Scientific memoirs by medical officers of the Army of India - Part IX,
Year: 1895
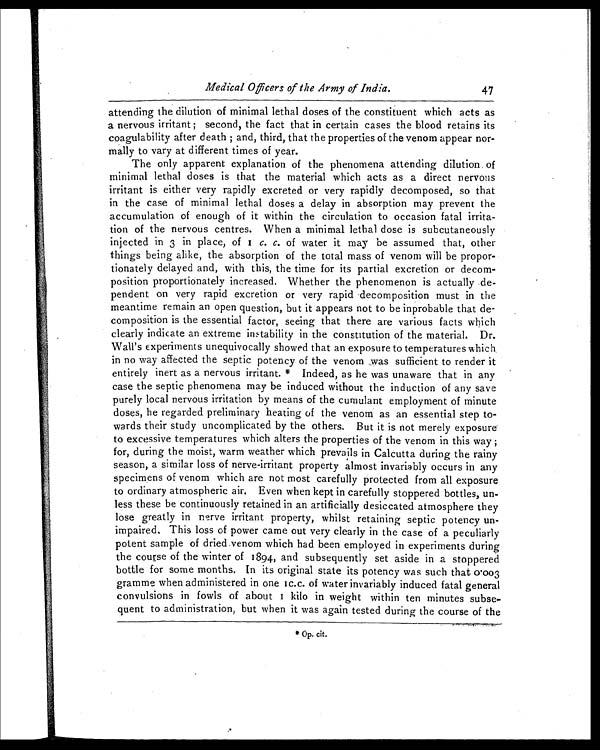
Medical Officers of the Army of India.
47
attending the dilution of minimal lethal doses of the constituent which acts as
a nervous irritant ; second, the fact that in certain cases the blood retains its
coagulability after death ; and, third, that the properties of the venom appear nor-
mally to vary at different times of year.
The only apparent explanation of the phenomena attending dilution of
minimal lethal doses is that the material which acts as a direct nervous
irritant is either very rapidly excreted or very rapidly decomposed, so that
in the case of minimal lethal doses a delay in absorption may prevent the
accumulation of enough of it within the circulation to occasion fatal irrita-
tion of the nervous centres. When a minimal lethal dose is subcutaneously
injected in 3 in place, of 1 c. c. of water it may be assumed that, other
things being alike, the absorption of the total mass of venom will be propor-
tionately delayed and, with this, the time for its partial excretion or decom-
position proportionately increased. Whether the phenomenon is actually de-
pendent on very rapid excretion or very rapid decomposition must in the
meantime remain an open question, but it appears not to be inprobable that de-
composition is the essential factor, seeing that there are various facts which
clearly indicate an extreme instability in the constitution of the material. Dr.
Wall's experiments unequivocally showed that an exposure to temperatures which
in no way affected the septic potency of the venom was sufficient to render it
entirely inert as a nervous irritant. * Indeed, as he was unaware that in any
case the septic phenomena may be induced without the induction of any save
purely local nervous irritation by means of the cumulant employment of minute
doses, he regarded preliminary heating of the venom as an essential step to-
wards their study uncomplicated by the others. But it is not merely exposure
to excessive temperatures which alters the properties of the venom in this way ;
for, during the moist, warm weather which prevails in Calcutta during the rainy
season, a similar loss of nerve-irritant property almost invariably occurs in any
specimens of venom which are not most carefully protected from all exposure
to ordinary atmospheric air. Even when kept in carefully stoppered bottles, un-
less these be continuously retained in an artificially desiccated atmosphere they
lose greatly in nerve irritant property, whilst retaining septic potency un-
impaired. This loss of power came out very clearly in the case of a peculiarly
potent sample of dried venom which had been employed in experiments during
the course of the winter of 1894, and subsequently set aside in a stoppered
bottle for some months. In its original state its potency was such that 0.003
gramme when administered in one 1c.c. of water invariably induced fatal general
convulsions in fowls of about 1 kilo in weight within ten minutes subse-
quent to administration, but when it was again tested during the course of the
* Op. cit.